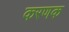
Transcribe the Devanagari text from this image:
करणक